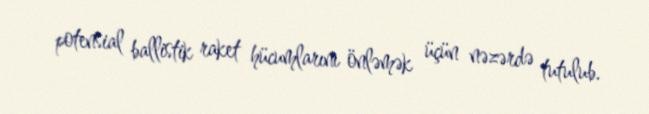
potensial ballistik raket hücumlarını önləmək üçün nəzərdə tutulub.